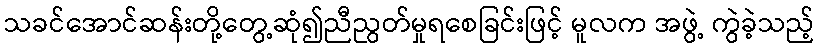
သခင်အောင်ဆန်းတို့တွေ့ဆုံ၍ညီညွတ်မှုရစေခြင်းဖြင့် မူလက အဖွဲ့ ကွဲခဲ့သည့်